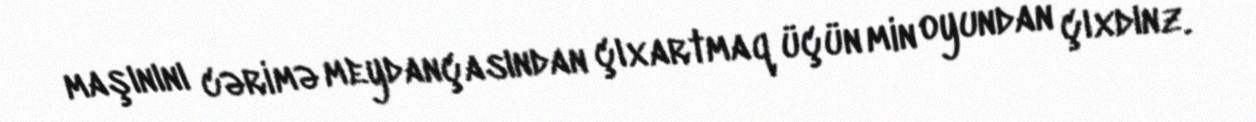
maşınını cərimə meydançasından çıxartmaq üçün min oyundan çıxdınz.